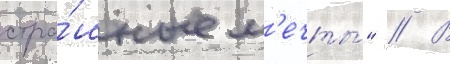
стра́шные м'ечты́" // В